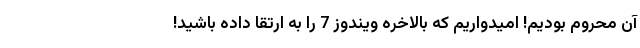
آن محروم بودیم! امیدواریم که بالاخره ویندوز 7 را به ارتقا داده باشید!